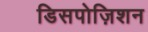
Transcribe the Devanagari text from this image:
डिसपोज़िशन